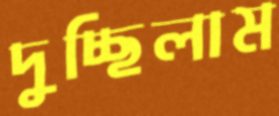
দুচ্ছিলাম